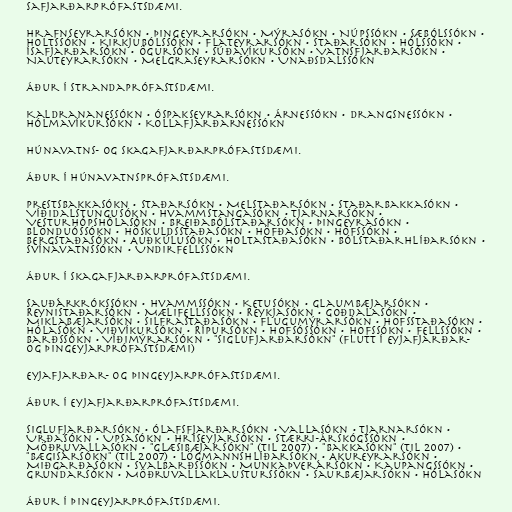
safjarðarprófastsdæmi.

Hrafnseyrarsókn • Þingeyrarsókn • Mýrasókn • Núpssókn • Sæbólssókn •
Holtssókn • Kirkjubólssókn • Flateyrarsókn • Staðarsókn • Hólssókn •
Ísafjarðarsókn • Ögursókn • Súðavíkursókn • Vatnsfjarðarsókn •
Nauteyrarsókn • Melgraseyrarsókn • Unaðsdalssókn

Áður í Strandaprófastsdæmi.

Kaldrananessókn • Óspakseyrarsókn • Árnessókn • Drangsnessókn •
Hólmavíkursókn • Kollafjarðarnessókn

Húnavatns- og Skagafjarðarprófastsdæmi.

Áður í Húnavatnsprófastsdæmi.

Prestsbakkasókn • Staðarsókn • Melstaðarsókn • Staðarbakkasókn •
Víðidalstungusókn • Hvammstangasókn • Tjarnarsókn •
Vesturhópshólasókn • Breiðabólstaðarsókn • Þingeyrasókn •
Blönduóssókn • Höskuldsstaðasókn • Höfðasókn • Hofssókn •
Bergstaðasókn • Auðkúlusókn • Holtastaðasókn • Bólstaðarhlíðarsókn •
Svínavatnssókn • Undirfellssókn

Áður í Skagafjarðarprófastsdæmi.

Sauðárkrókssókn • Hvammssókn • Ketusókn • Glaumbæjarsókn •
Reynistaðarsókn • Mælifellssókn • Reykjasókn • Goðdalasókn •
Miklabæjarsókn • Silfrastaðasókn • Flugumýrarsókn • Hofsstaðasókn •
Hólasókn • Viðvíkursókn • Rípursókn • Hofsóssókn • Hofssókn • Fellssókn •
Barðssókn • Víðimýrarsókn • "Siglufjarðarsókn" (flutt í Eyjafjarðar-
og Þingeyjarprófastsdæmi)

Eyjafjarðar- og Þingeyjarprófastsdæmi.

Áður í Eyjafjarðarprófastsdæmi.

Siglufjarðarsókn • Ólafsfjarðarsókn • Vallasókn • Tjarnarsókn •
Urðasókn • Upsasókn • Hríseyjarsókn • Stærri-Árskógssókn •
Möðruvallasókn • "Glæsibæjarsókn" (til 2007) • "Bakkasókn" (til 2007) •
"Bægisársókn" (til 2007) • Lögmannshlíðarsókn • Akureyrarsókn •
Miðgarðasókn • Svalbarðssókn • Munkaþverársókn • Kaupangssókn •
Grundarsókn • Möðruvallaklausturssókn • Saurbæjarsókn • Hólasókn

Áður í Þingeyjarprófastsdæmi.